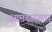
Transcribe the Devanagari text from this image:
आमदाराला